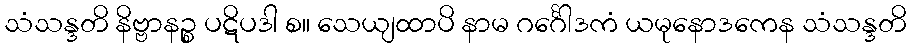
သံသန္ဒတိ နိဗ္ဗာနဉ္စ ပဋိပဒါ စ။ သေယျထာပိ နာမ ဂင်္ဂေါဒကံ ယမုနောဒကေန သံသန္ဒတိ